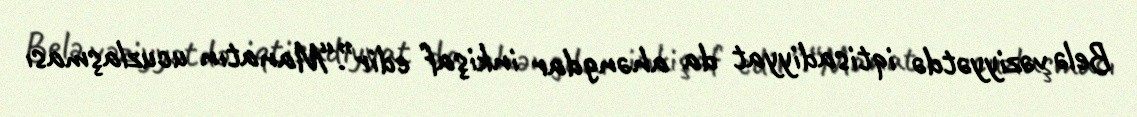
Belə vəziyyətdə iqtisadiyyat da ahəngdar inkişaf edir”.“Manatın ucuzlaşması